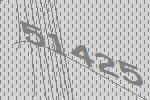
51425